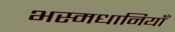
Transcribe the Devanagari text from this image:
भस्मधानियाँ